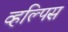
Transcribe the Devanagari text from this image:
व्हल्पिस